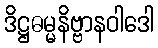
ဒိဋ္ဌဓမ္မနိဗ္ဗာနဝါဒေါ